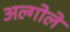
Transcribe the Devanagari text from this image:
अल्गोले